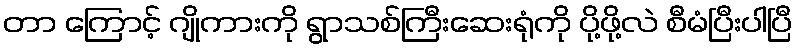
တာ ကြောင့် ဂျိုကားကို ရွာသစ်ကြီးဆေးရုံကို ပို့ဖို့လဲ စီမံပြီးပါပြီ